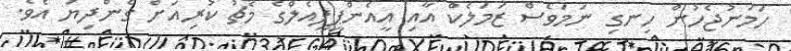
ހަމަނުޖެހުން ހިނގި ނަމަވެސް ޒަމަލެކް އާއި އީއެންޕީޕީއެލްގެ މެޗު ކުރިއަށް ގެންދިޔަ އެވެ.